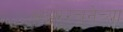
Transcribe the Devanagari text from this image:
अक्षररचनेच्या